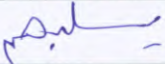
يسلبهم